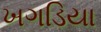
ખગડિયા